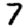
Digit: 7